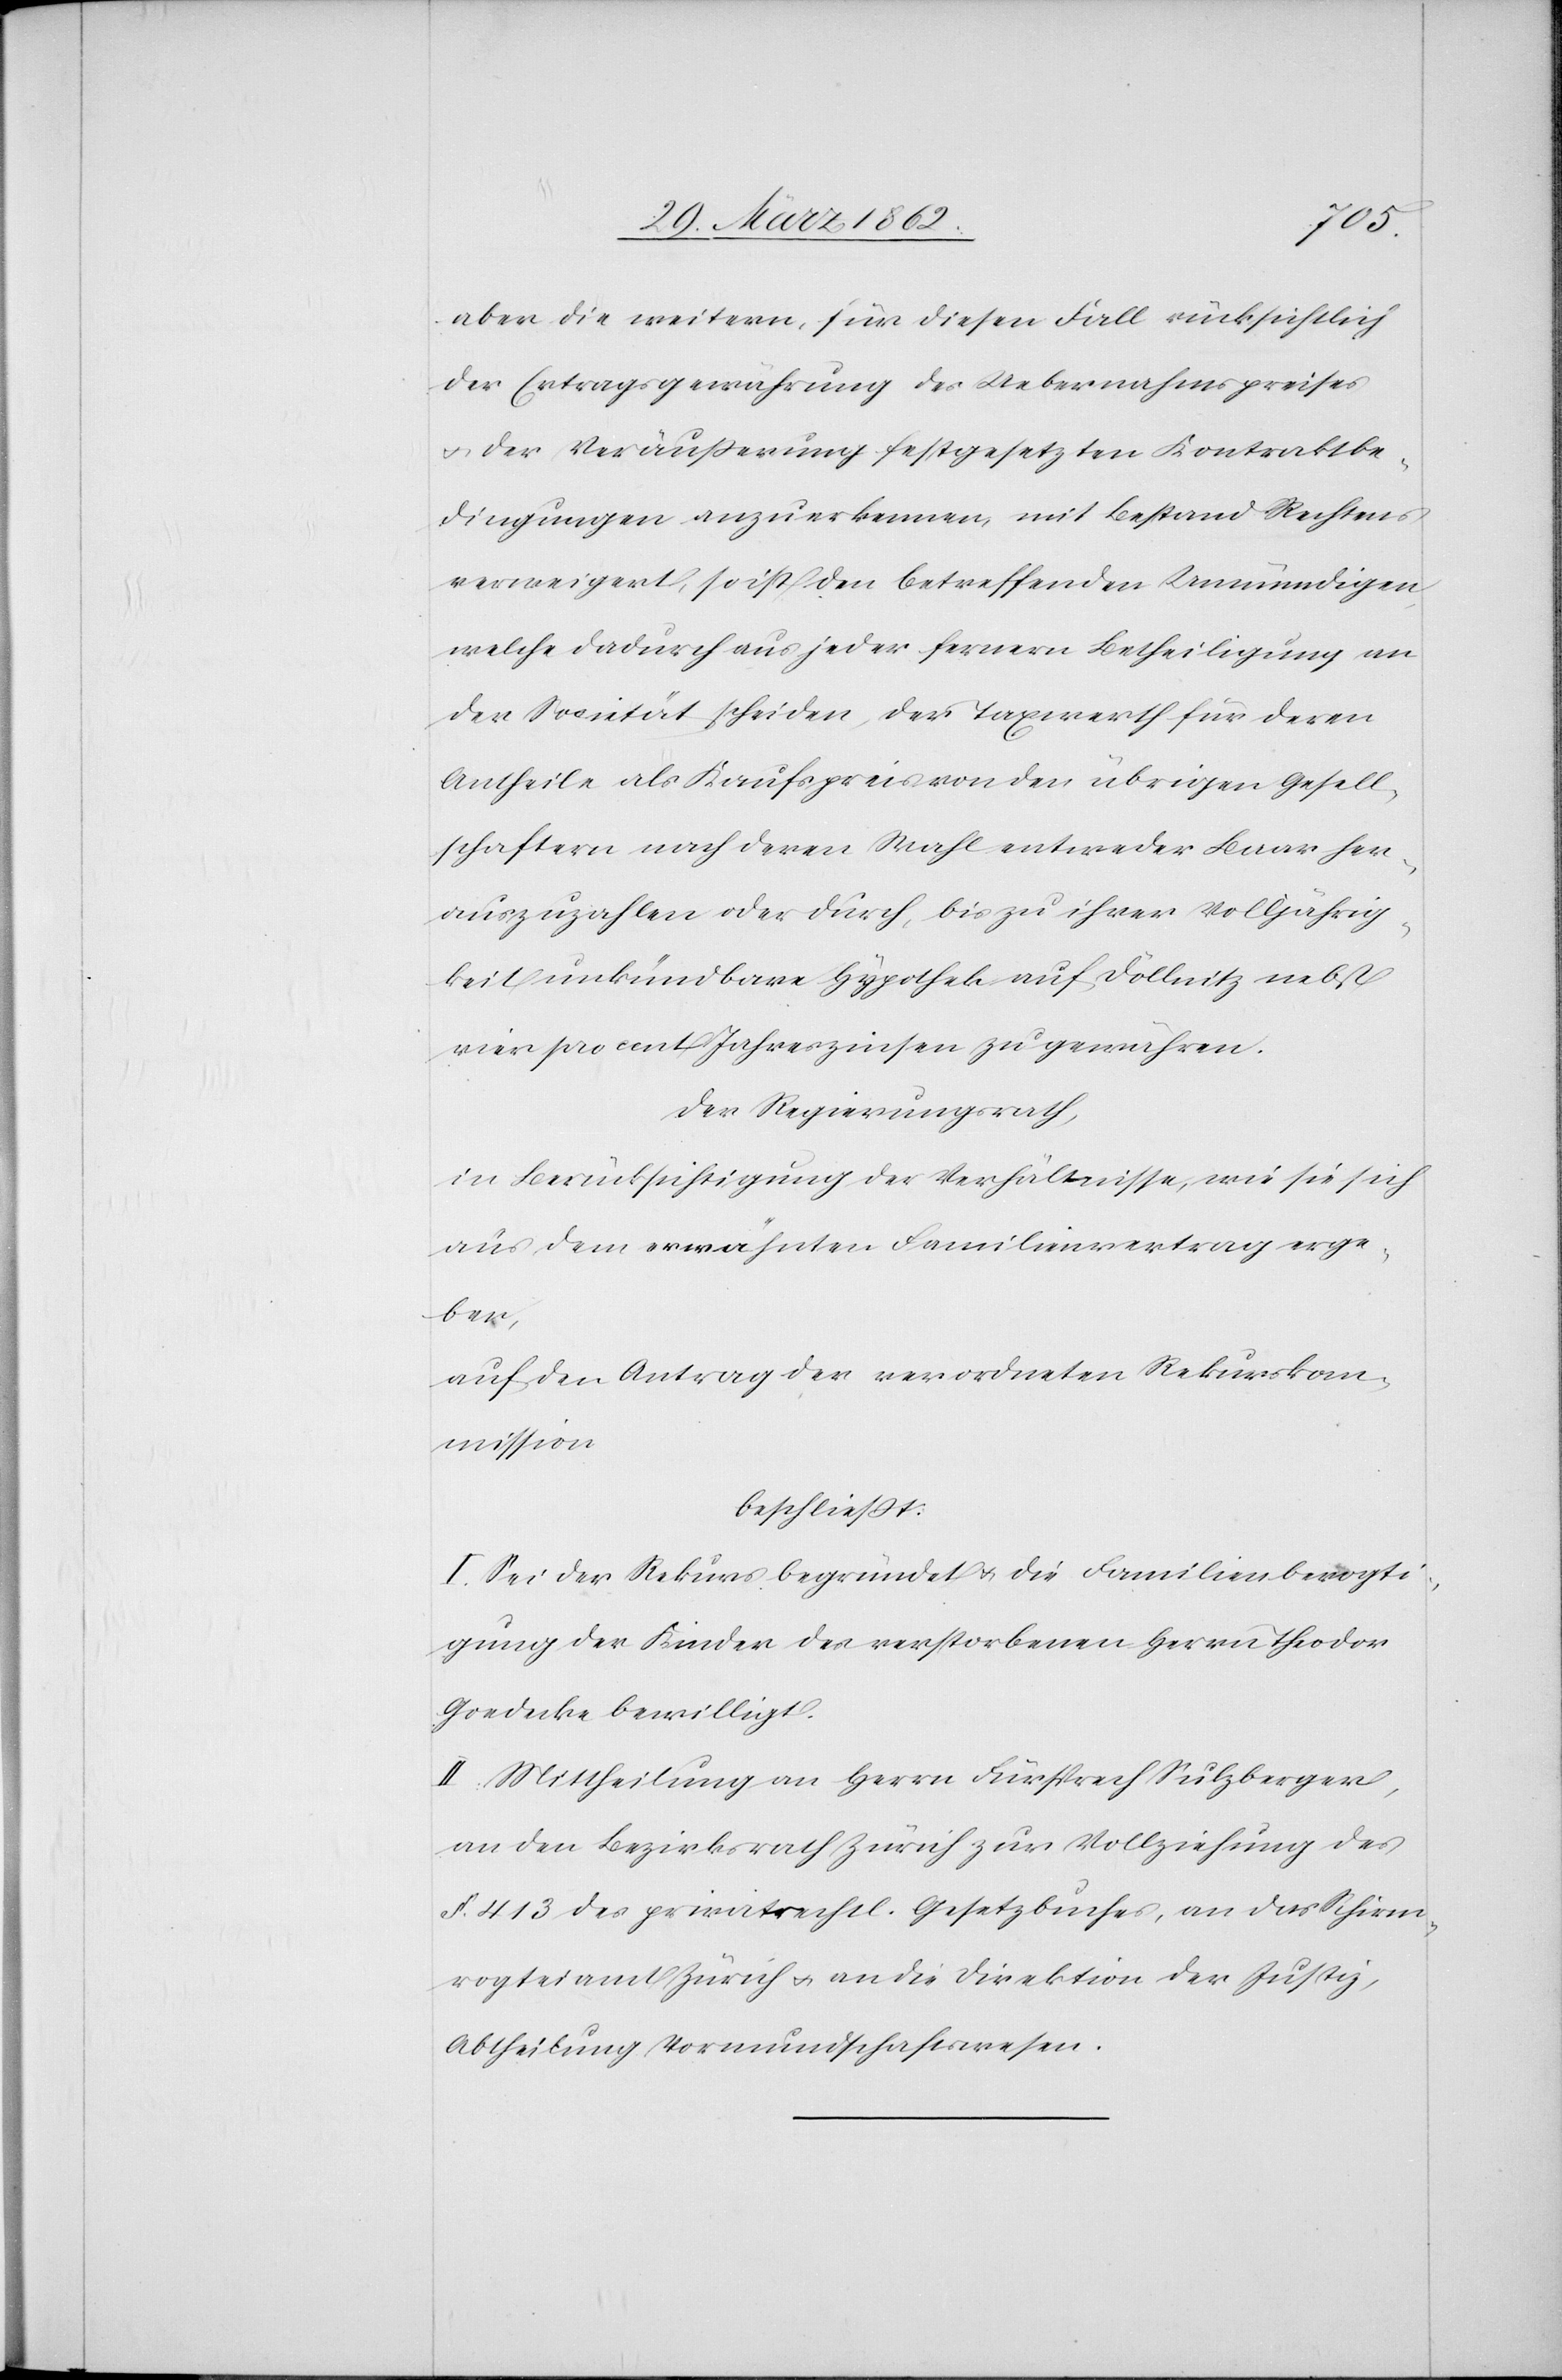
aber die weitern, für diesen Fall rücksichtlich
der Ertragsgewährung des Uebernahmspreises
u. der Veräußerung festgesetzten Kontraktbe¬
dingungen anzuerkennen, mit Bestand Rechtens
verweigert, so ist den betreffenden Unmündigen,
welche dadurch aus jeder fernern Betheiligung an
der Societät scheiden, der Taxwerth für deren
Antheile als Kaufspreis von den übrigen Gesell¬
schaftern nach deren Wahl entweder Baar her¬
auszuzahlen oder durch, bis zu ihrer Volljährig¬
keit unkündbare Hypothek auf Döllnitz nebst
vier pro cent Jahreszinsen zu gewähren.
Der Regierungsrath,
in Berücksichtigung der Verhältnisse, wie sie sich
aus dem erwähnten Familienvertrag erge¬
ben,
auf den Antrag der verordneten Rekurskom¬
mission
beschließt:
I. Sei der Rekurs begründet u. die Familienbevogti¬
gung der Kinder des verstorbenen Herrn Theodor
Goedecke bewilligt.
II. Mittheilung an den Herrn Fürsprech Sulzberger,
an den Bezirksrath Zürich zur Vollziehung des
§. 413 des privatrechtl. Gesetzbuches, an das Schirm¬
vogteiamt Zürich u. an die Direktion der Justiz,
Abtheilung Vormundschaftswesen.